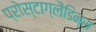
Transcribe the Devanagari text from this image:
प्रोस्टाग्लैंडिन्स